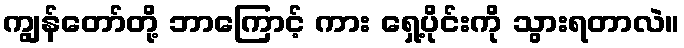
ကျွန်တော်တို့ ဘာကြောင့် ကား ရှေ့ပိုင်းကို သွားရတာလဲ။